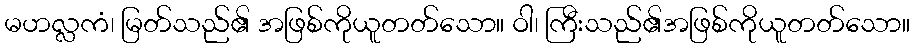
မဟလ္လကံ၊ မြတ်သည်၏ အဖြစ်ကိုယူတတ်သော။ ဝါ၊ ကြီးသည်၏အဖြစ်ကိုယူတတ်သော။